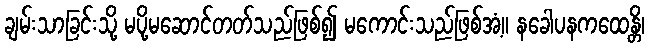
ချမ်းသာခြင်းသို့ မပို့မဆောင်တတ်သည်ဖြစ်၍ မကောင်းသည်ဖြစ်အံ့။ နခေါပနကထေန္တိ၊